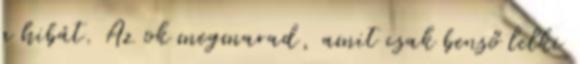
a hibát. Az ok megmarad, amit csak benső lelki